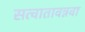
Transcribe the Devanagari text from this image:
सत्वातावन्नवा